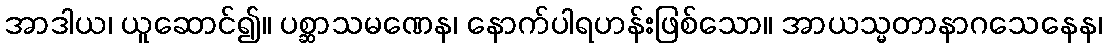
အာဒါယ၊ ယူဆောင်၍။ ပစ္ဆာသမဏေန၊ နောက်ပါရဟန်းဖြစ်သော။ အာယသ္မတာနာဂသေနေန၊